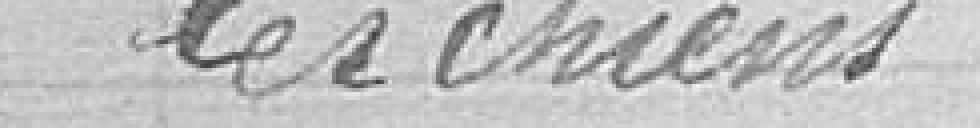
les chiens